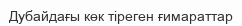
Дубайдағы көк тіреген ғимараттар